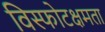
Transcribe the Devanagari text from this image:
विस्फोटक्षमता